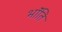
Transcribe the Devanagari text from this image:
भॉंति